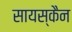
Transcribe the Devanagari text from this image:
सायस्कैन